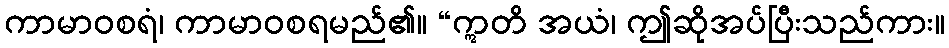
ကာမာဝစရံ၊ ကာမာဝစရမည်၏။ “ဣတိ အယံ၊ ဤဆိုအပ်ပြီးသည်ကား။